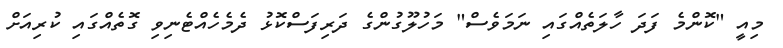
މިއީ "ކޮންމެ ފަދަ ހާލަތެއްގައި ނަމަވެސް" މަހުލޫގުންގެ ދަރިފަސްކޮޅު ދެމެހެއްޓެނިވި ގޮތެއްގައި ކުރިއަށް